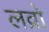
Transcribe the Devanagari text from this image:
लव्रो